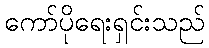
ကော်ပိုရေးရှင်းသည်